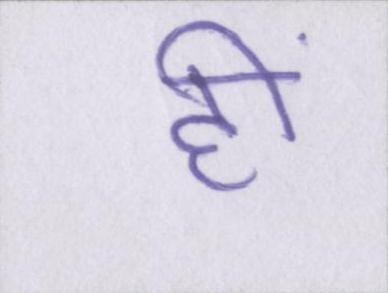
हीं